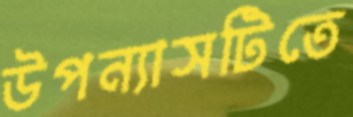
উপন্যাসটিতে